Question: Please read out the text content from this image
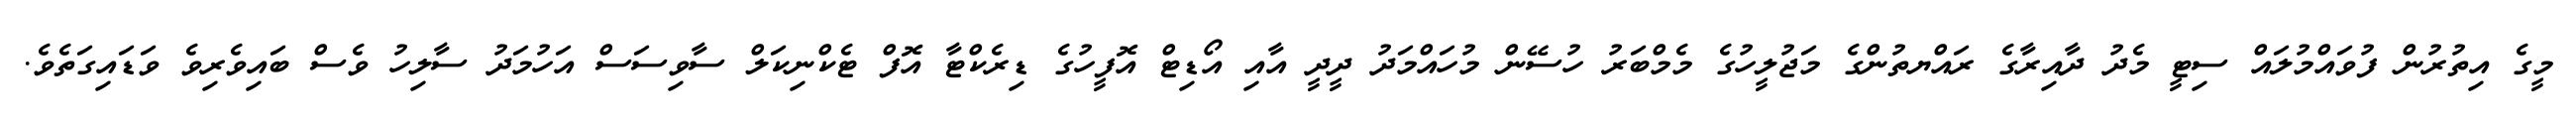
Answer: މީގެ އިތުރުން ފުވައްމުލައް ސިޓީ މެދު ދާއިރާގެ ރައްޔތުންގެ މަޖުލީހުގެ މެމްބަރު ހުސޭން މުހައްމަދު ދީދީ އާއި އޯޑިޓް އޮފީހުގެ ޑިރެކްޓާ އޮފް ޓެކްނިކަލް ސާވިސަސް އަހުމަދު ސާލިހު ވެސް ބައިވެރިވެ ވަޑައިގަތެވެ.